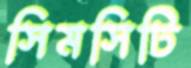
সিমসিটি